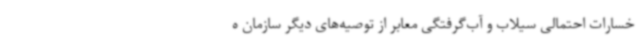
خسارات احتمالی سیلاب و آب‌گرفتگی معابر از توصیه‌های دیگر سازمان ه